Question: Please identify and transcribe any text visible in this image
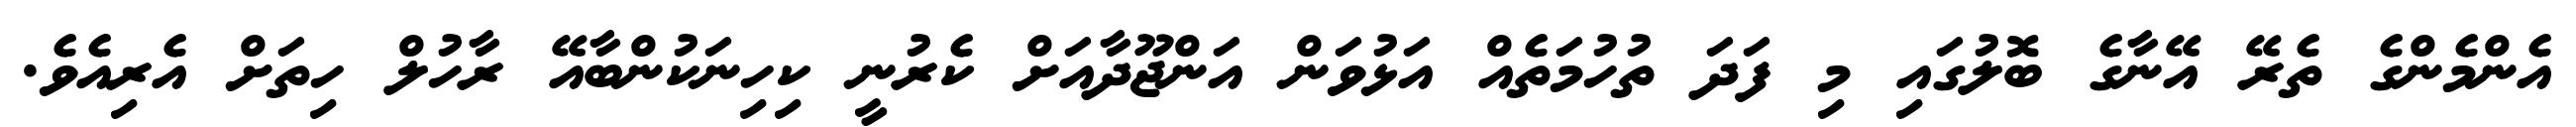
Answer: އެންމެންގެ ތެރޭ އޭނާގެ ބޮލުގައި މި ފަދަ ތުހުމަތެއް އަޅުވަން އަންޖޫދާއަށް ކެރުނީ ކިހިނަކުންބާއޭ ރާހުލް ހިތަށް އެރިއެވެ.